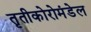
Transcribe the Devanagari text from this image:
तृतीकोरोमंडेल